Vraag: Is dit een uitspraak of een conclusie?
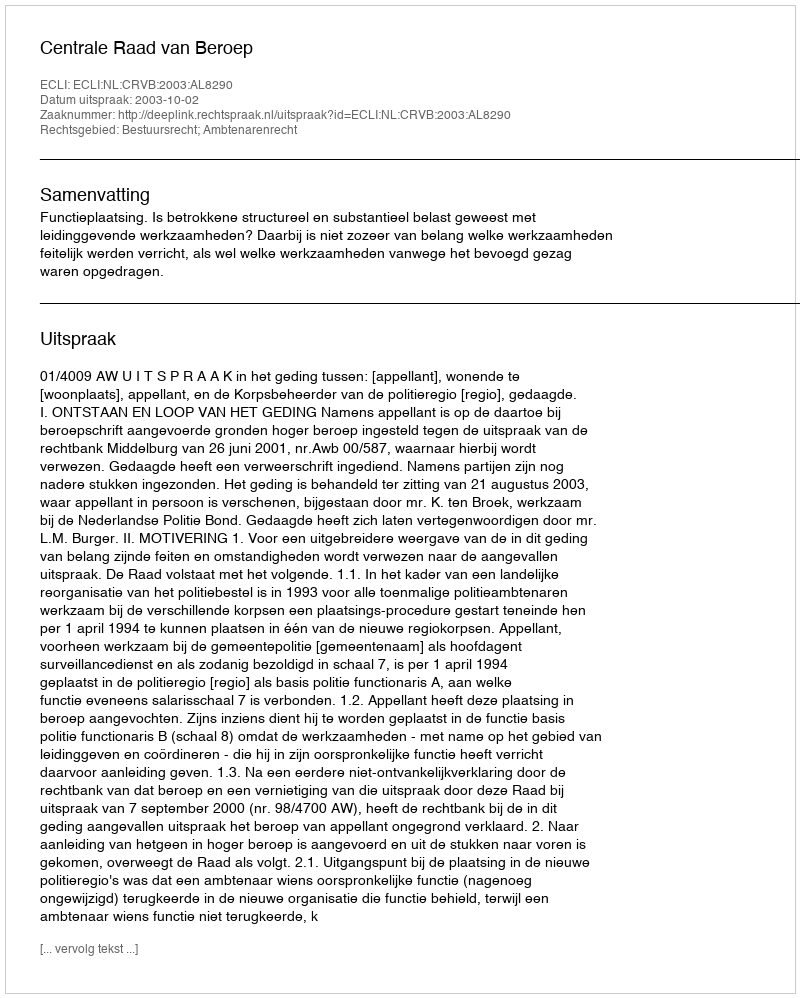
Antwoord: Uitspraak